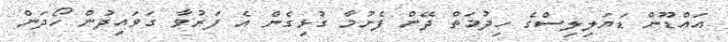
އައްޑޫން ޑަޔަލިލިސްގެ ހިދުމަތް ދޭން ފެށުމާ ގުޅިގެން އެ ފަރުވާ ގަވައިދުން ހޯދަން